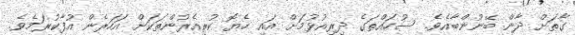
ގާތަށް ދާން ބޭނުންބާއެވެ. ސުހައްތަގެ ދިރިއުޅުމަށް އައި ހެޔޮ ކުރިއެރުންތަކަށް އަހަރެން އުފާކުރަމެވެ.